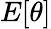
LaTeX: E[\theta]